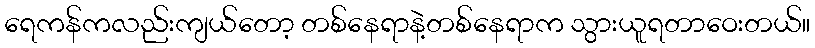
ရေကန်ကလည်းကျယ်တော့ တစ်နေရာနဲ့တစ်နေရာက သွားယူရတာဝေးတယ်။